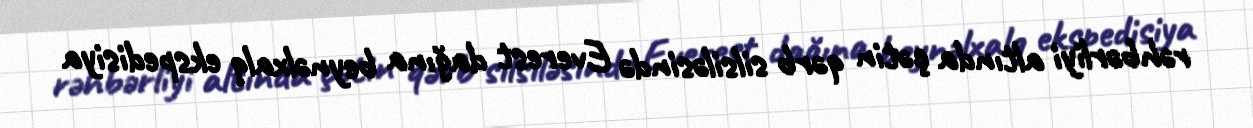
rəhbərliyi altında çətin qərb silsiləsində Everest dağına beynəlxalq ekspedisiya